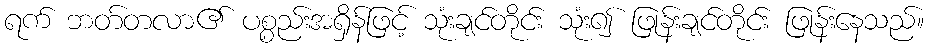
ရက် ဘတ်တလာ၏ ပစ္စည်းအရှိန်ဖြင့် သုံးချင်တိုင်း သုံး၍ ဖြုန်းချင်တိုင်း ဖြုန်းနေသည်။